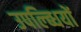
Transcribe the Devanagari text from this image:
उपल्ब्धियों